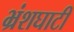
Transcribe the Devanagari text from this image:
भ्रंशघाटी